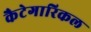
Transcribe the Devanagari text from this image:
कैटेगारिकल